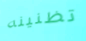
تظنينه